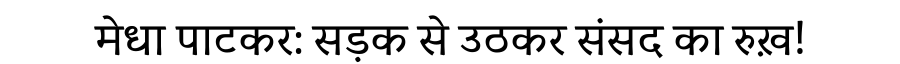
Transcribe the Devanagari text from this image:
मेधा पाटकर: सड़क से उठकर संसद का रुख़!